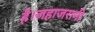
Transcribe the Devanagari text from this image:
है।जहाजरानी